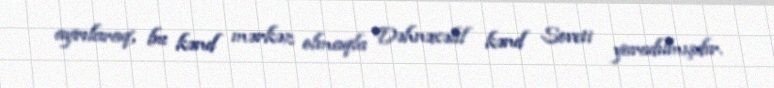
ayrılaraq, bu kənd mərkəz olmaqla Dəhnəxəlil kənd Soveti yaradılmışdır.